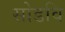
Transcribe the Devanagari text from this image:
सोडवि